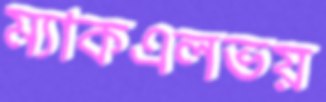
ম্যাকএলভয়